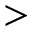
>